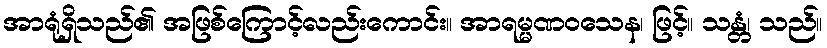
အာရုံရှိသည်၏ အဖြစ်ကြောင့်လည်းကောင်း။ အာရမ္မဏဝသေန၊ ဖြင့်။ သန္တံ၊ သည်။